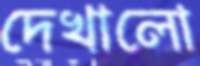
দেখালো